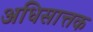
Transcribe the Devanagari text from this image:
अधिसात्तक